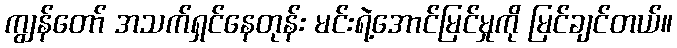
ကျွန်တော် အသက်ရှင်နေတုန်း မင်းရဲ့အောင်မြင်မှုကို မြင်ချင်တယ်။